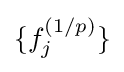
\{f_{j}^{(1/p)}\}